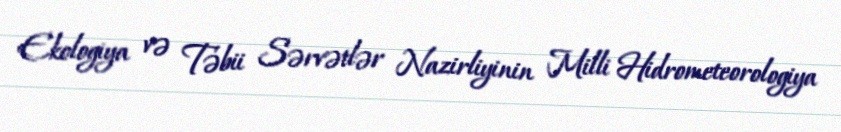
Ekologiya və Təbii Sərvətlər Nazirliyinin Milli Hidrometeorologiya